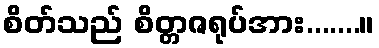
စိတ်သည် စိတ္တဇရုပ်အား.......။